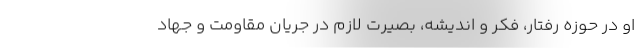
او در حوزه رفتار، فکر و اندیشه، بصیرت لازم در جریان مقاومت و جهاد